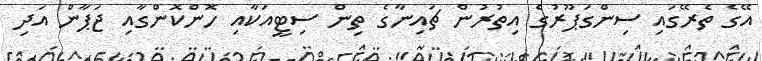
އޭގެ ތެރޭގައި ސިންގަޕޫރުގެ އިތުރުން ޗައިނާގެ ތިން ސިޓީއަކާއި ހޮންކޮންގާއި ޖަޕާން އަދި